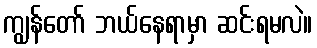
ကျွန်တော် ဘယ်နေရာမှာ ဆင်းရမလဲ။